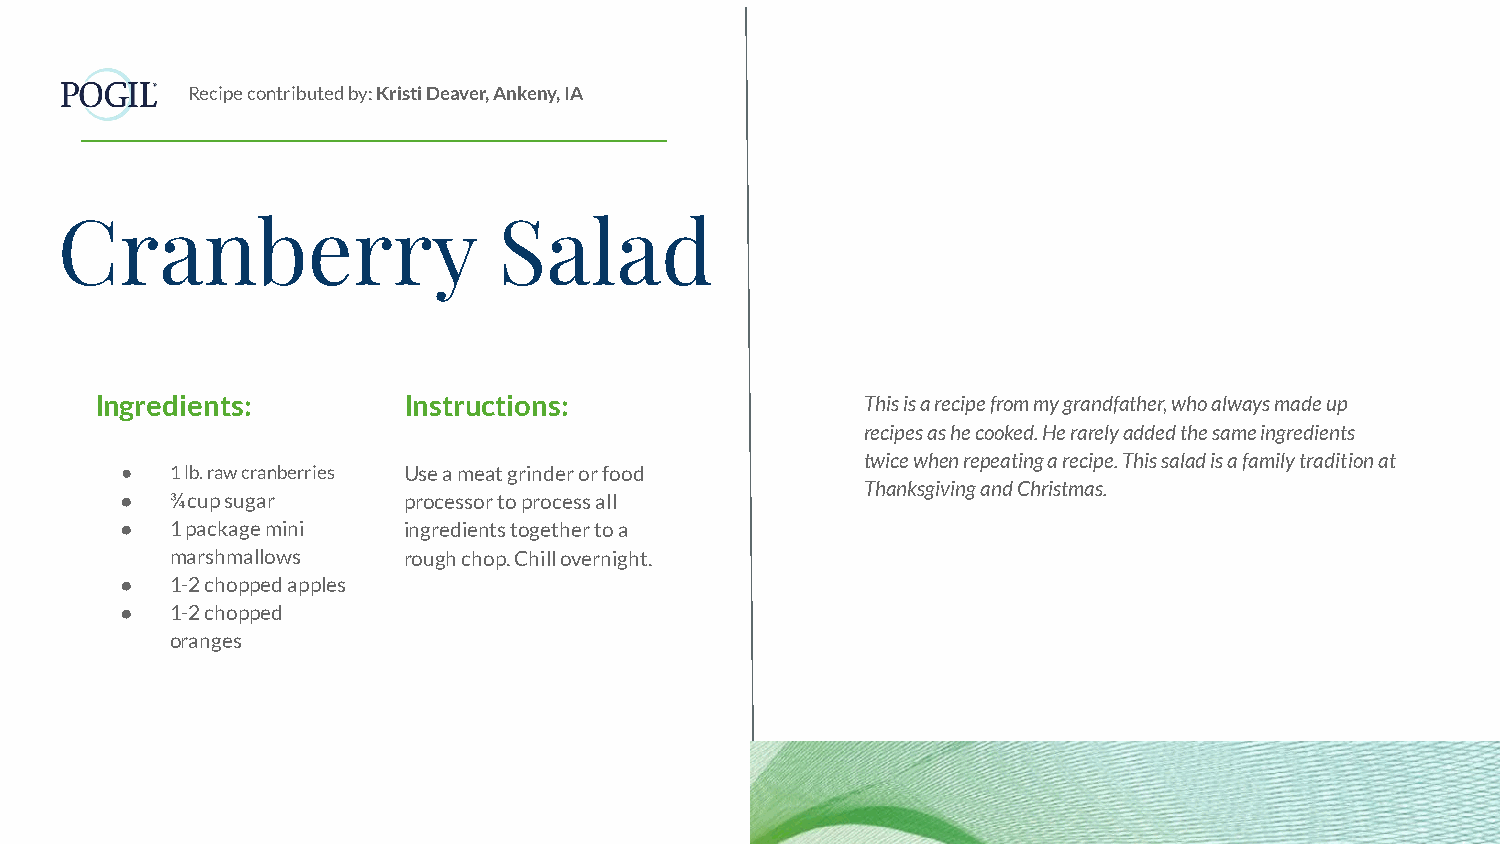
Recipe contributed by: Kristi Deaver, Ankeny, IA
 Cranberry                    Salad
 Ingredients:         Instructions:                 This is a recipe from my grandfather, who always made up
 recipes as he cooked. He rarely added the same ingredients
 twice when repeating a recipe. This salad is a family tradition at
 ●  1 lb. raw cranberries Use a meat grinder or food
 Thanksgiving and Christmas.
 ●  ¾ cup sugar     processor to process all
 ●  1 package mini  ingredients together to a
 marshmallows    rough chop. Chill overnight.
 ●  1-2 chopped apples
 ●  1-2 chopped
 oranges